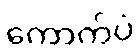
ကောက်ပဲ